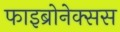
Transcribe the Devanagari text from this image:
फाइब्रोनेक्सस